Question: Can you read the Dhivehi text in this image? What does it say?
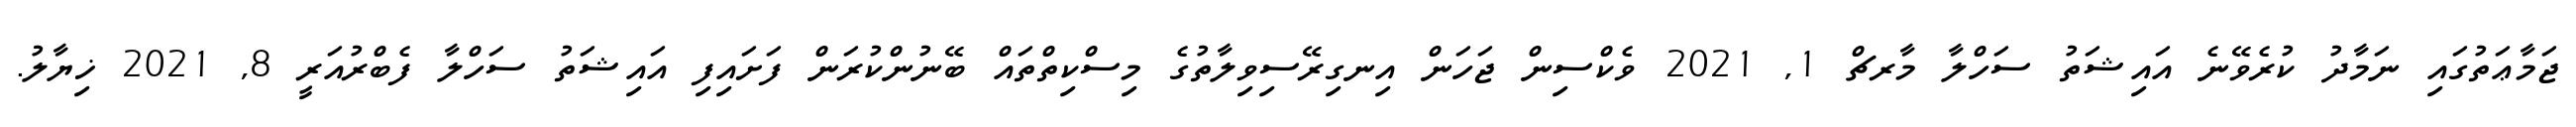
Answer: ޖަމާޢަތުގައި ނަމާދު ކުރެވޭނެ އައިޝަތު ސަހްލާ މާރޗް 1, 2021 ވެކްސިން ޖަހަން އިނގިރޭސިވިލާތުގެ މިސްކިތްތައް ބޭނުންކުރަން ފަށައިފި އައިޝަތު ސަހްލާ ފެބްރުއަރީ 8, 2021 ޚިޔާލު.